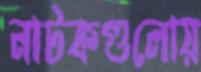
নাটকগুলোয়